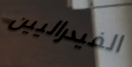
الفيدراليين